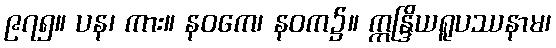
၉၇၅။ ပန၊ ကား။ နဝကေ၊ နဝက၌။ ဣန္ဒြိယရူပဿနာမ၊